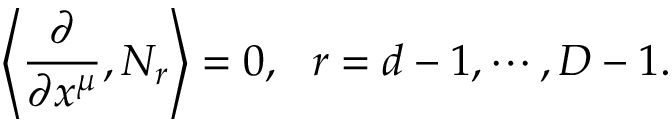
\left\langle \frac { \partial } { \partial x ^ { \mu } } , N _ { r } \right\rangle = 0 , ~ ~ r = d - 1 , \cdots , D - 1 .